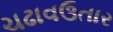
ચઢાવઉતાર